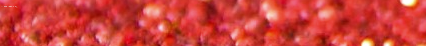
Try Our Pizza